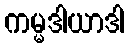
ကမ္မဒါယာဒါ